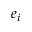
e _ { i }